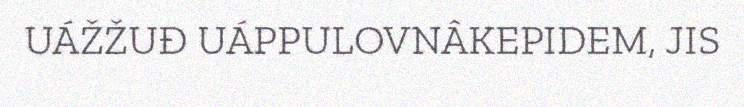
UÁŽŽUĐ UÁPPULOVNÂKEPIDEM, JIS